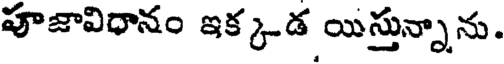
పూజావిధానం ఇక్కడ యిస్తున్నాను.